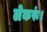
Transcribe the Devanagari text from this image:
लेकरूं।